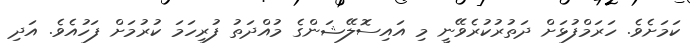
ކަމަށެވެ. ހަރަމްފުޅަށް ދަތުރުކުރެވޭނީ މި އައިސޮލޭޝަންގެ މުއްދަތު ފުރިހަމަ ކުރުމަށް ފަހުއެވެ. އަދި